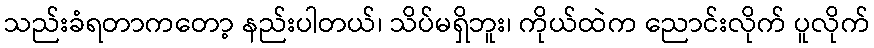
သည်းခံရတာကတော့ နည်းပါတယ်၊ သိပ်မရှိဘူး၊ ကိုယ်ထဲက ညောင်းလိုက် ပူလိုက်